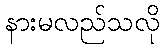
နားမလည်သလို